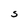
Character: S